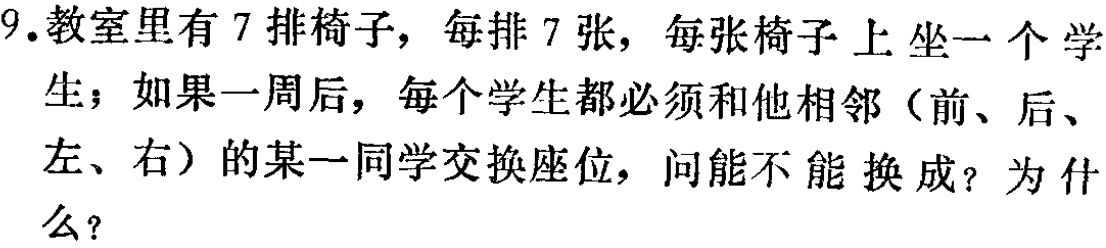
9.教室里有7排椅子，每排7张，每张椅子上坐一个学生；如果一周后，每个学生都必须和他相邻（前、后、左、右）的某一同学交换座位，问能不能换成？为什么？